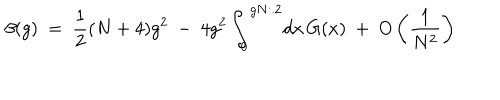
\beta ( g ) ~ = ~ \frac { 1 } { 2 } ( N + 4 ) g ^ { 2 } ~ - ~ 4 g ^ { 2 } \int _ { 0 } ^ { g N / 2 } \! d x \, G ( x ) ~ + ~ O \left( \frac { 1 } { N ^ { 2 } } \right)